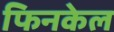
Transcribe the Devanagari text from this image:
फिनकेल